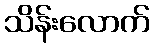
သိန်းလောက်